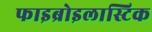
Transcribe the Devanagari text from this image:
फाइब्रोइलास्टिक